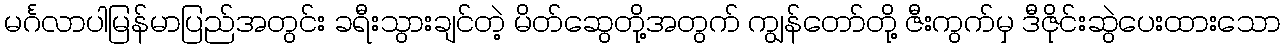
မင်္ဂလာပါမြန်မာပြည်အတွင်း ခရီးသွားချင်တဲ့ မိတ်ဆွေတို့အတွက် ကျွန်တော်တို့ ဇီးကွက်မှ ဒီဇိုင်းဆွဲပေးထားသော